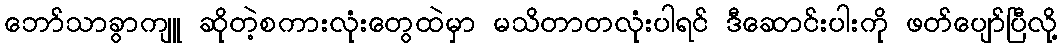
ဘော်သာခွာကျူ ဆိုတဲ့စကားလုံးတွေထဲမှာ မသိတာတလုံးပါရင် ဒီဆောင်းပါးကို ဖတ်ပျော်ပြီလို့